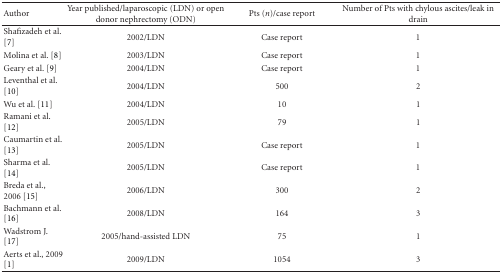
| Author | Year published/laparoscopic (LDN) or open donor nephrectomy (ODN) | Pts (n)/case report | Number of Pts with chylous ascites/leak in drain |
 | --- | --- | --- | --- |
 | Shafizadeh et al. [7] | 2002/LDN | Case report | 1 |
 | Molina et al. [8] | 2003/LDN | Case report | 1 |
 | Geary et al. [9] | 2004/LDN | Case report | 1 |
 | Leventhal et al. [10] | 2004/LDN | 500 | 2 |
 | Wu et al. [11] | 2004/LDN | 10 | 1 |
 | Ramani et al. [12] | 2005/LDN | 79 | 1 |
 | Caumartin et al. [13] | 2005/LDN | Case report | 1 |
 | Sharma et al. [14] | 2005/LDN | Case report | 1 |
 | Breda et al., 2006 [15] | 2006/LDN | 300 | 2 |
 | Bachmann et al. [16] | 2008/LDN | 164 | 3 |
 | Wadstrom J. [17] | 2005/hand-assisted LDN | 75 | 1 |
 | Aerts et al., 2009 [1] | 2009/LDN | 1054 | 3 |